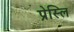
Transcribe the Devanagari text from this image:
प्रेस्लि